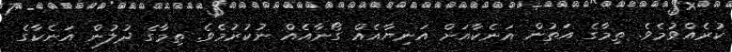
ކުރެއްވުމެވެ. ތިމާގެ އަތުން އަނެކާއަށް އަނިޔާއެއް ގޯނާއެއް ނުކުރުމެވެ. ތިމާގެ ދުލުން އަނެކާގެ